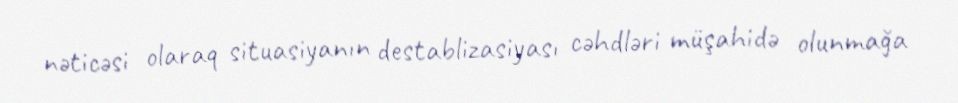
nəticəsi olaraq situasiyanın destablizasiyası cəhdləri müşahidə olunmağa